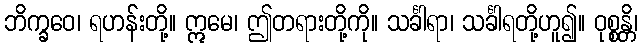
ဘိက္ခဝေ၊ ရဟန်းတို့။ ဣမေ၊ ဤတရားတို့ကို။ သင်္ခါရာ၊ သင်္ခါရတို့ဟူ၍။ ဝုစ္စန္တိ၊